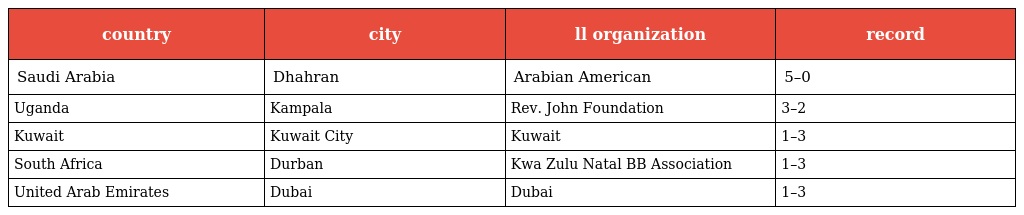
| country | city | ll organization | record |
 | --- | --- | --- | --- |
 | Saudi Arabia | Dhahran | Arabian American | 5–0 |
 | Uganda | Kampala | Rev. John Foundation | 3–2 |
 | Kuwait | Kuwait City | Kuwait | 1–3 |
 | South Africa | Durban | Kwa Zulu Natal BB Association | 1–3 |
 | United Arab Emirates | Dubai | Dubai | 1–3 |